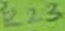
Text: R23